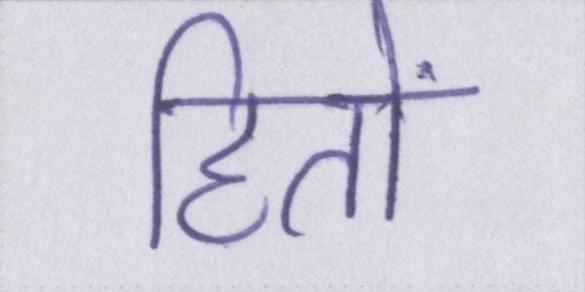
हितों